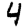
Digit: 4